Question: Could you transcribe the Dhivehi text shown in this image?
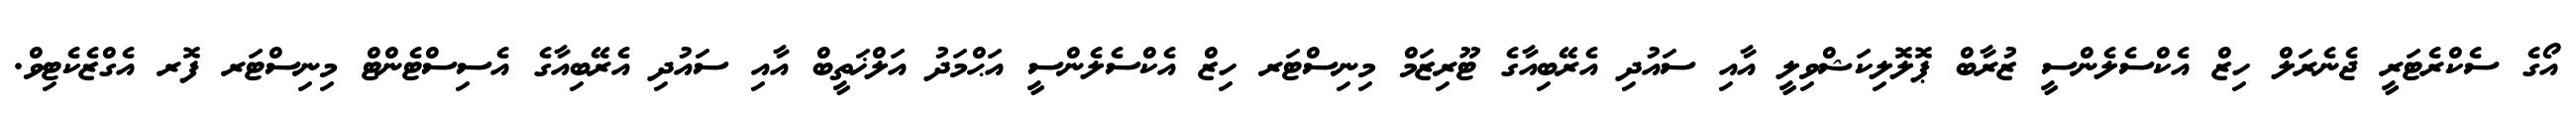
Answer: އޯގެ ސެކްރެޓަރީ ޖެނެރަލް ހިޒް އެކްސެލެންސީ ޒުރާބް ޕޮލޮލިކަޝްވިލީ އާއި ސައުދި އެރޭބިއާގެ ޓޫރިޒަމް މިނިސްޓަރ ހިޒް އެކްސެލެންސީ އަޙްމަދު އަލްޚަތީބް އާއި ސައުދި އެރޭބިއާގެ އެސިސްޓެންޓް މިނިސްޓަރ ފޮރ އެގްޒެކެޓިވް.